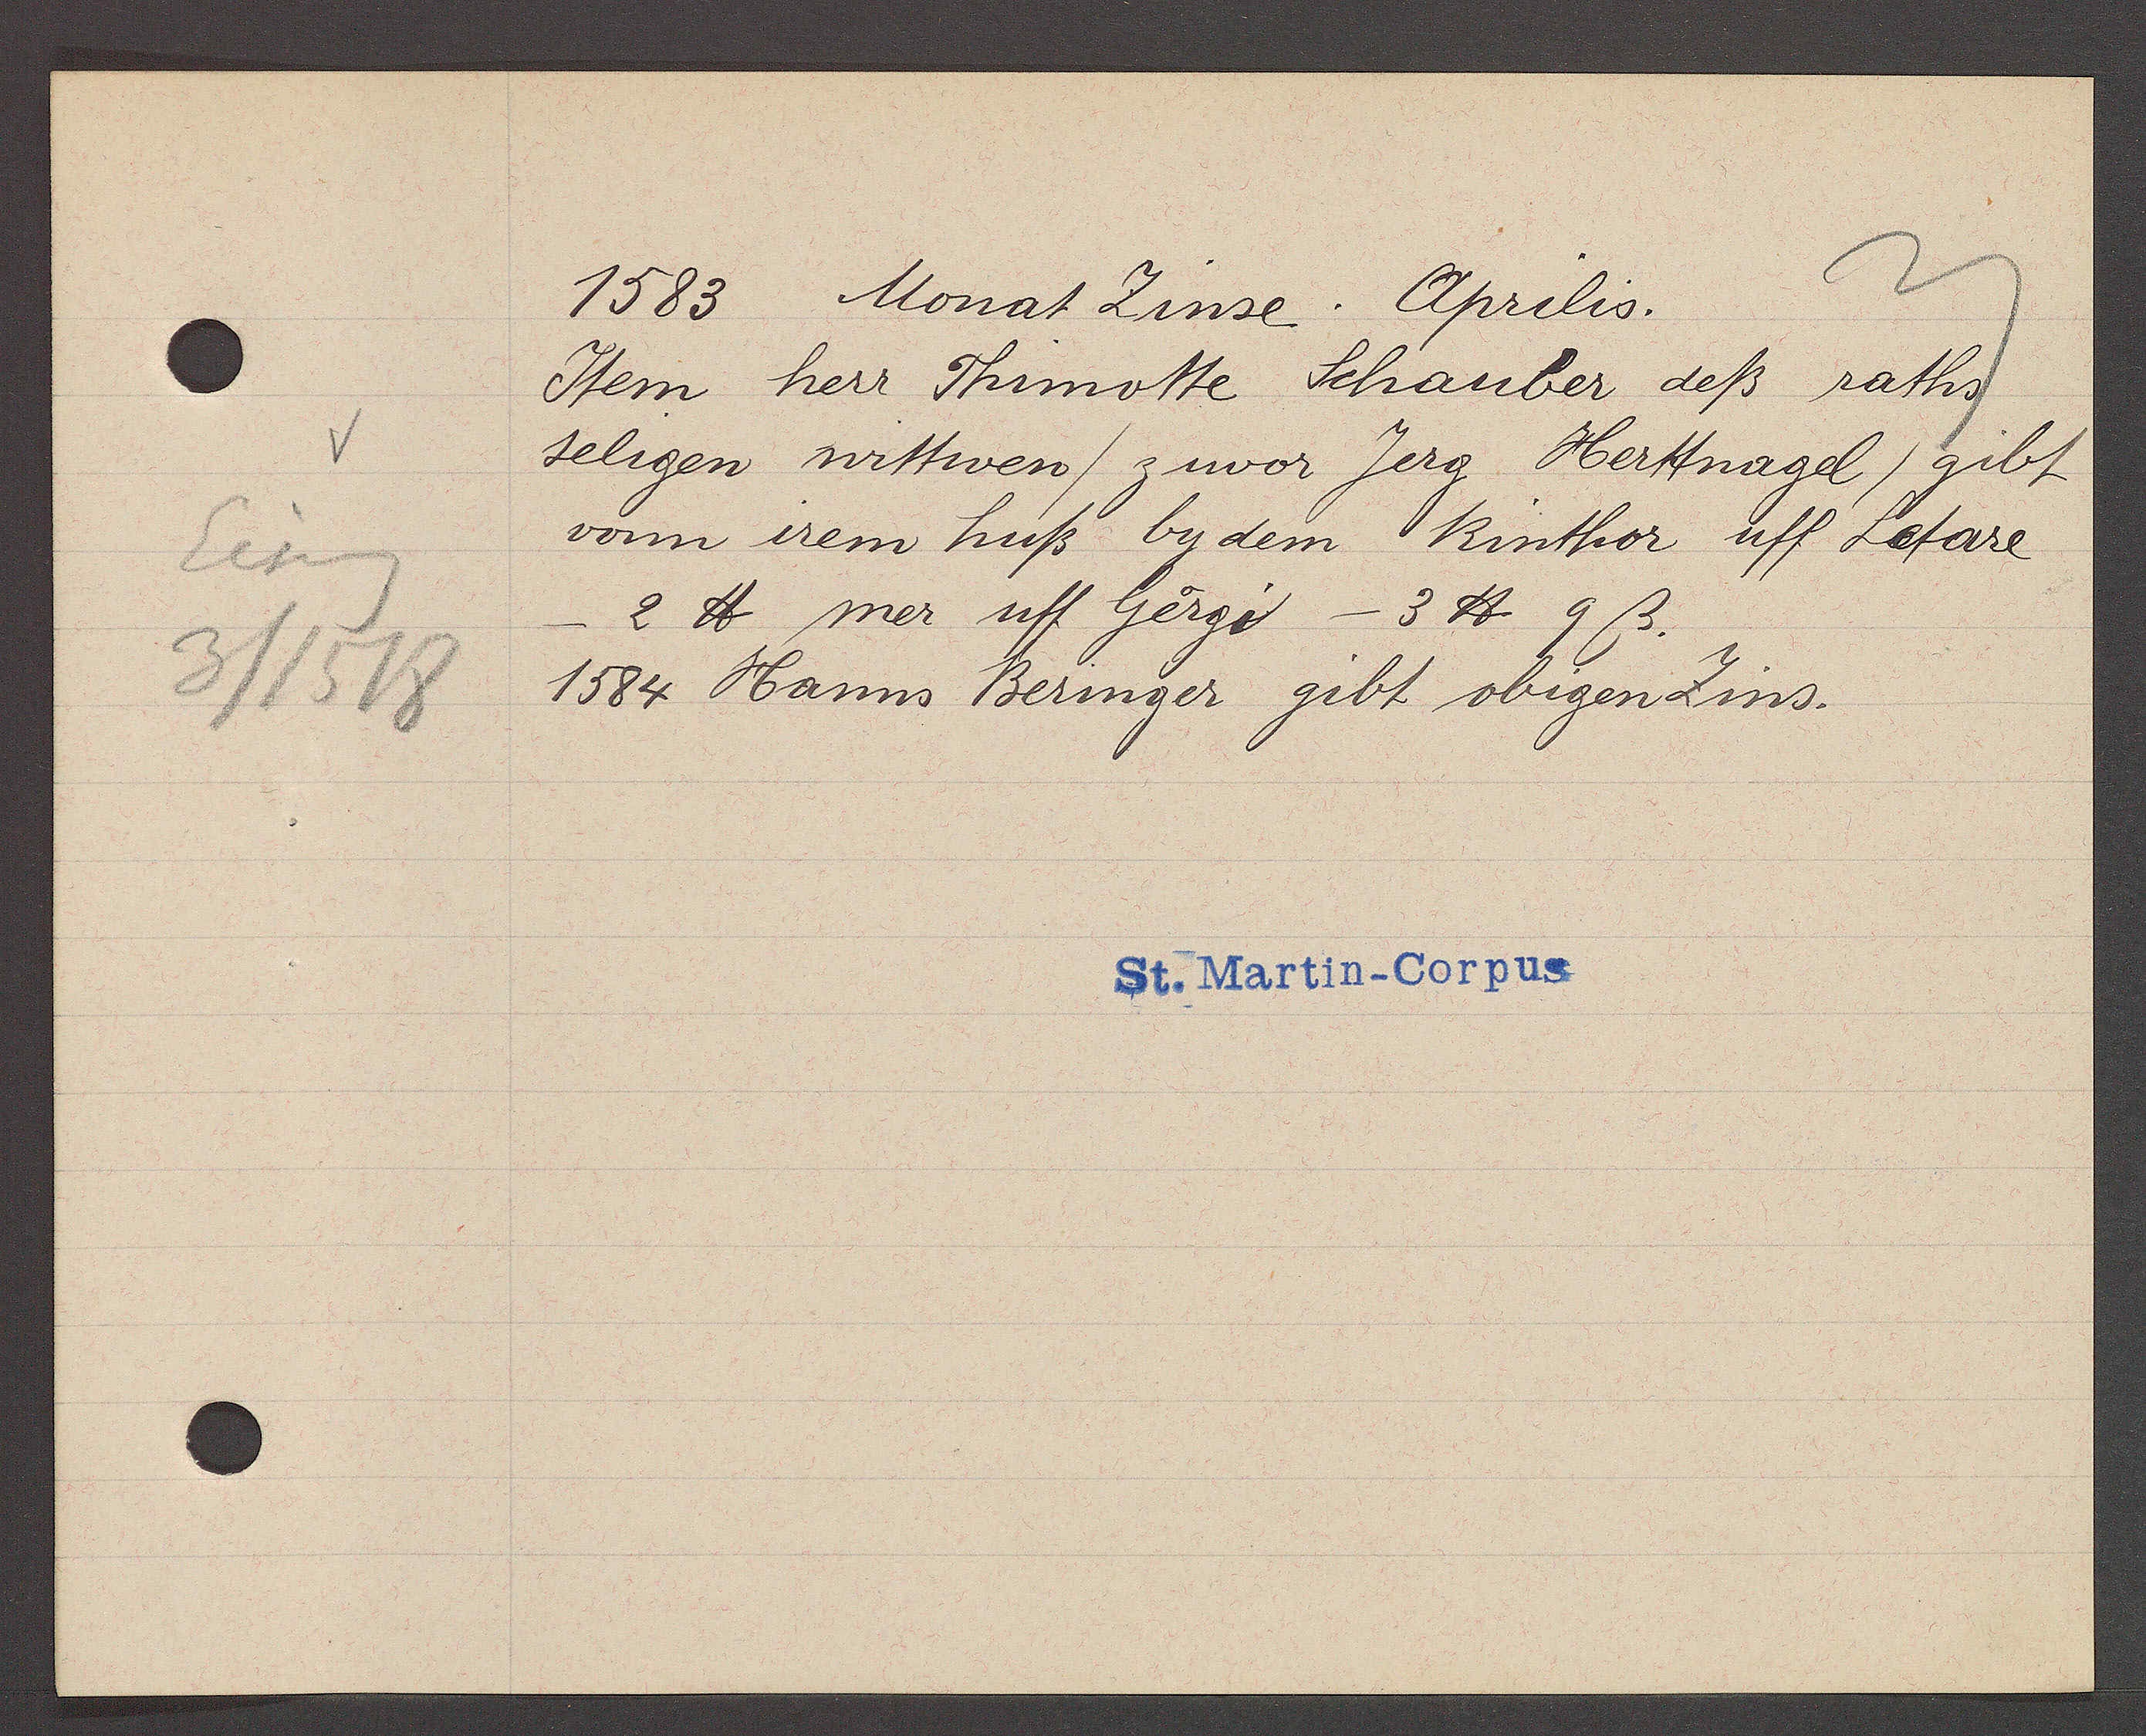
Transcript:
Eiseng
3/1518

1583 Monat Zinse. Aprilis.

Item herr Thimotte Schauber deß raths
seligen wittwen / zuvor Jerg Herttnagel / gibt
vonn irem huß by dem Rinthor uff Letare
2 ℔ mer uff Georgi - 3 ℔ 9ß.
1584 Hanns Beringer gibt obigen Zins.

St. Martin-Corpus